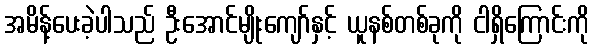
အမိန့်ပေးခဲ့ပါသည် ဦးအောင်မျိုးကျော်နှင့် ယူနစ်တစ်ခုကို ငါရှိကြောင်းကို